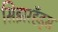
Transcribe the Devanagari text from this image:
सिझरहँड्स